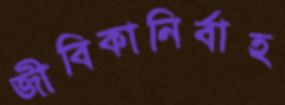
জীবিকানির্বাহ